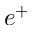
e ^ { + }